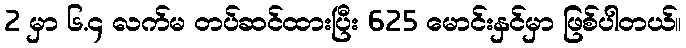
2 မှာ ၆.၄ လက်မ တပ်ဆင်ထားပြီး 625 မောင်းနှင်မှာ ဖြစ်ပါတယ်။